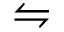
\leftrightharpoons